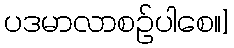
ပဒမာလာစဉ်ပါစေ။]